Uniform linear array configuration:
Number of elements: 32
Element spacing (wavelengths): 0.25
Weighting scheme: blackman
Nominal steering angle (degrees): -60
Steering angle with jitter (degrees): -58.368
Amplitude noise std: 0.05
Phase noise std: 0.05

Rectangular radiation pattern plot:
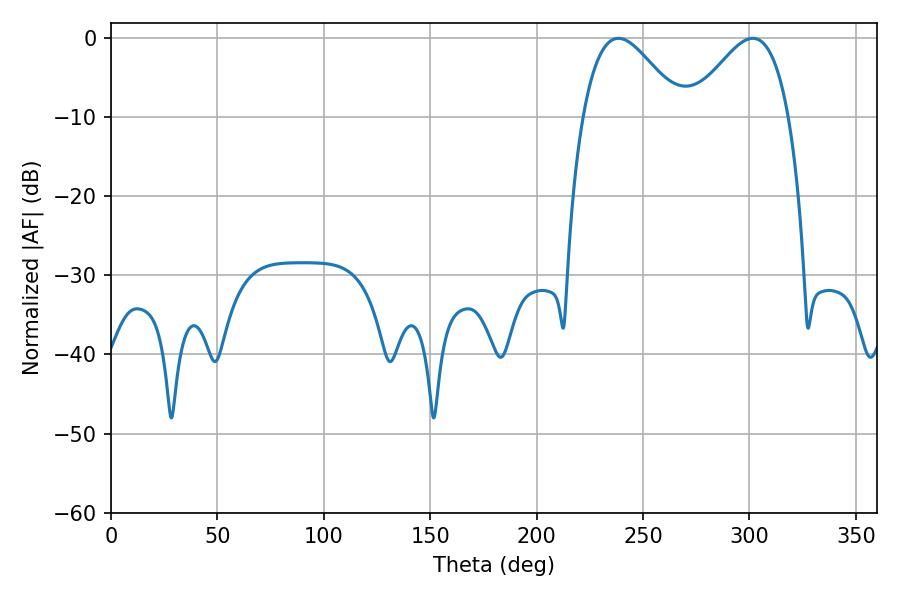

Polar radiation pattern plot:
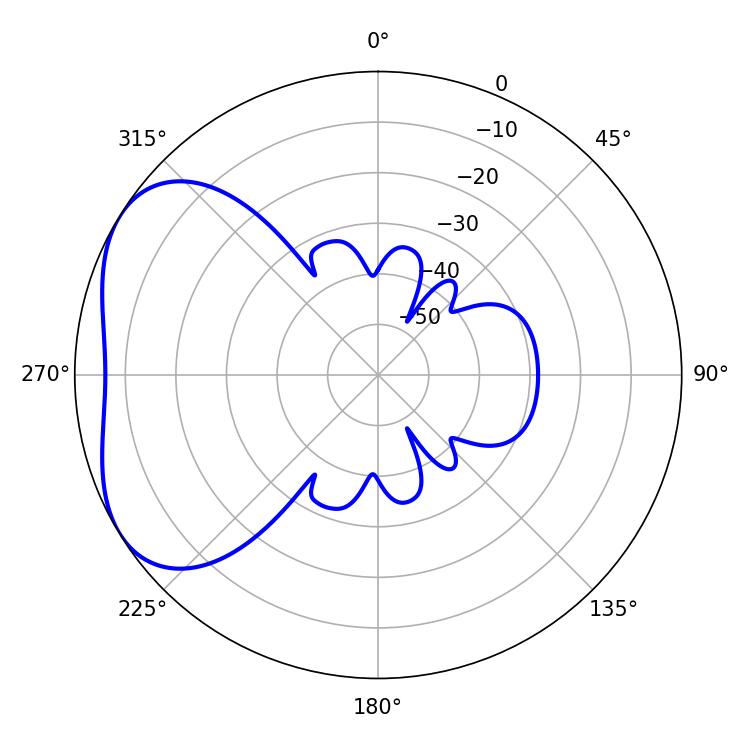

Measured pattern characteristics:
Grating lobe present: FALSE
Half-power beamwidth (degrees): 24.66
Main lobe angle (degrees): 238.5